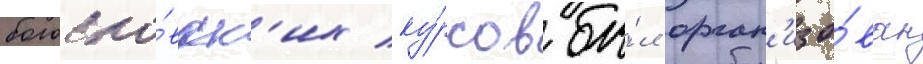
богосло́вск'их ку́рсов бы́л орган'изо́ван